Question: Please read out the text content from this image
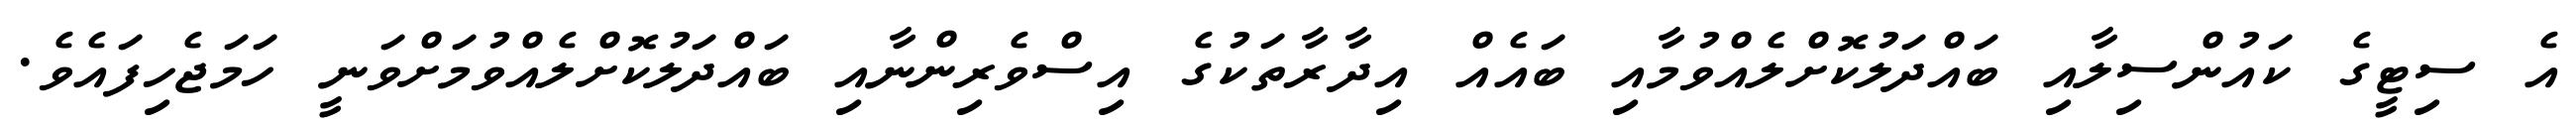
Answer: އެ ސިޓީގެ ކައުންސިލާއި ބައްދަލުކޮށްލެއްވުމާއި ބައެއް އިދާރާތަކުގެ އިސްވެރިންނާއި ބައްދަލުކޮށްލެއްވުމަށްވަނީ ހަމަޖެހިފައެވެ.